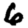
Digit: 6